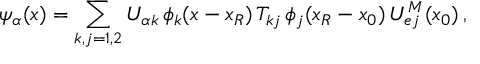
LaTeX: \psi _ { \alpha } ( x ) = \sum _ { k , j = 1 , 2 } U _ { { \alpha } k } \, \phi _ { k } ( x - x _ { R } ) \, T _ { k j } \, \phi _ { j } ( x _ { R } - x _ { 0 } ) \, U _ { e j } ^ { M } ( x _ { 0 } ) \, ,